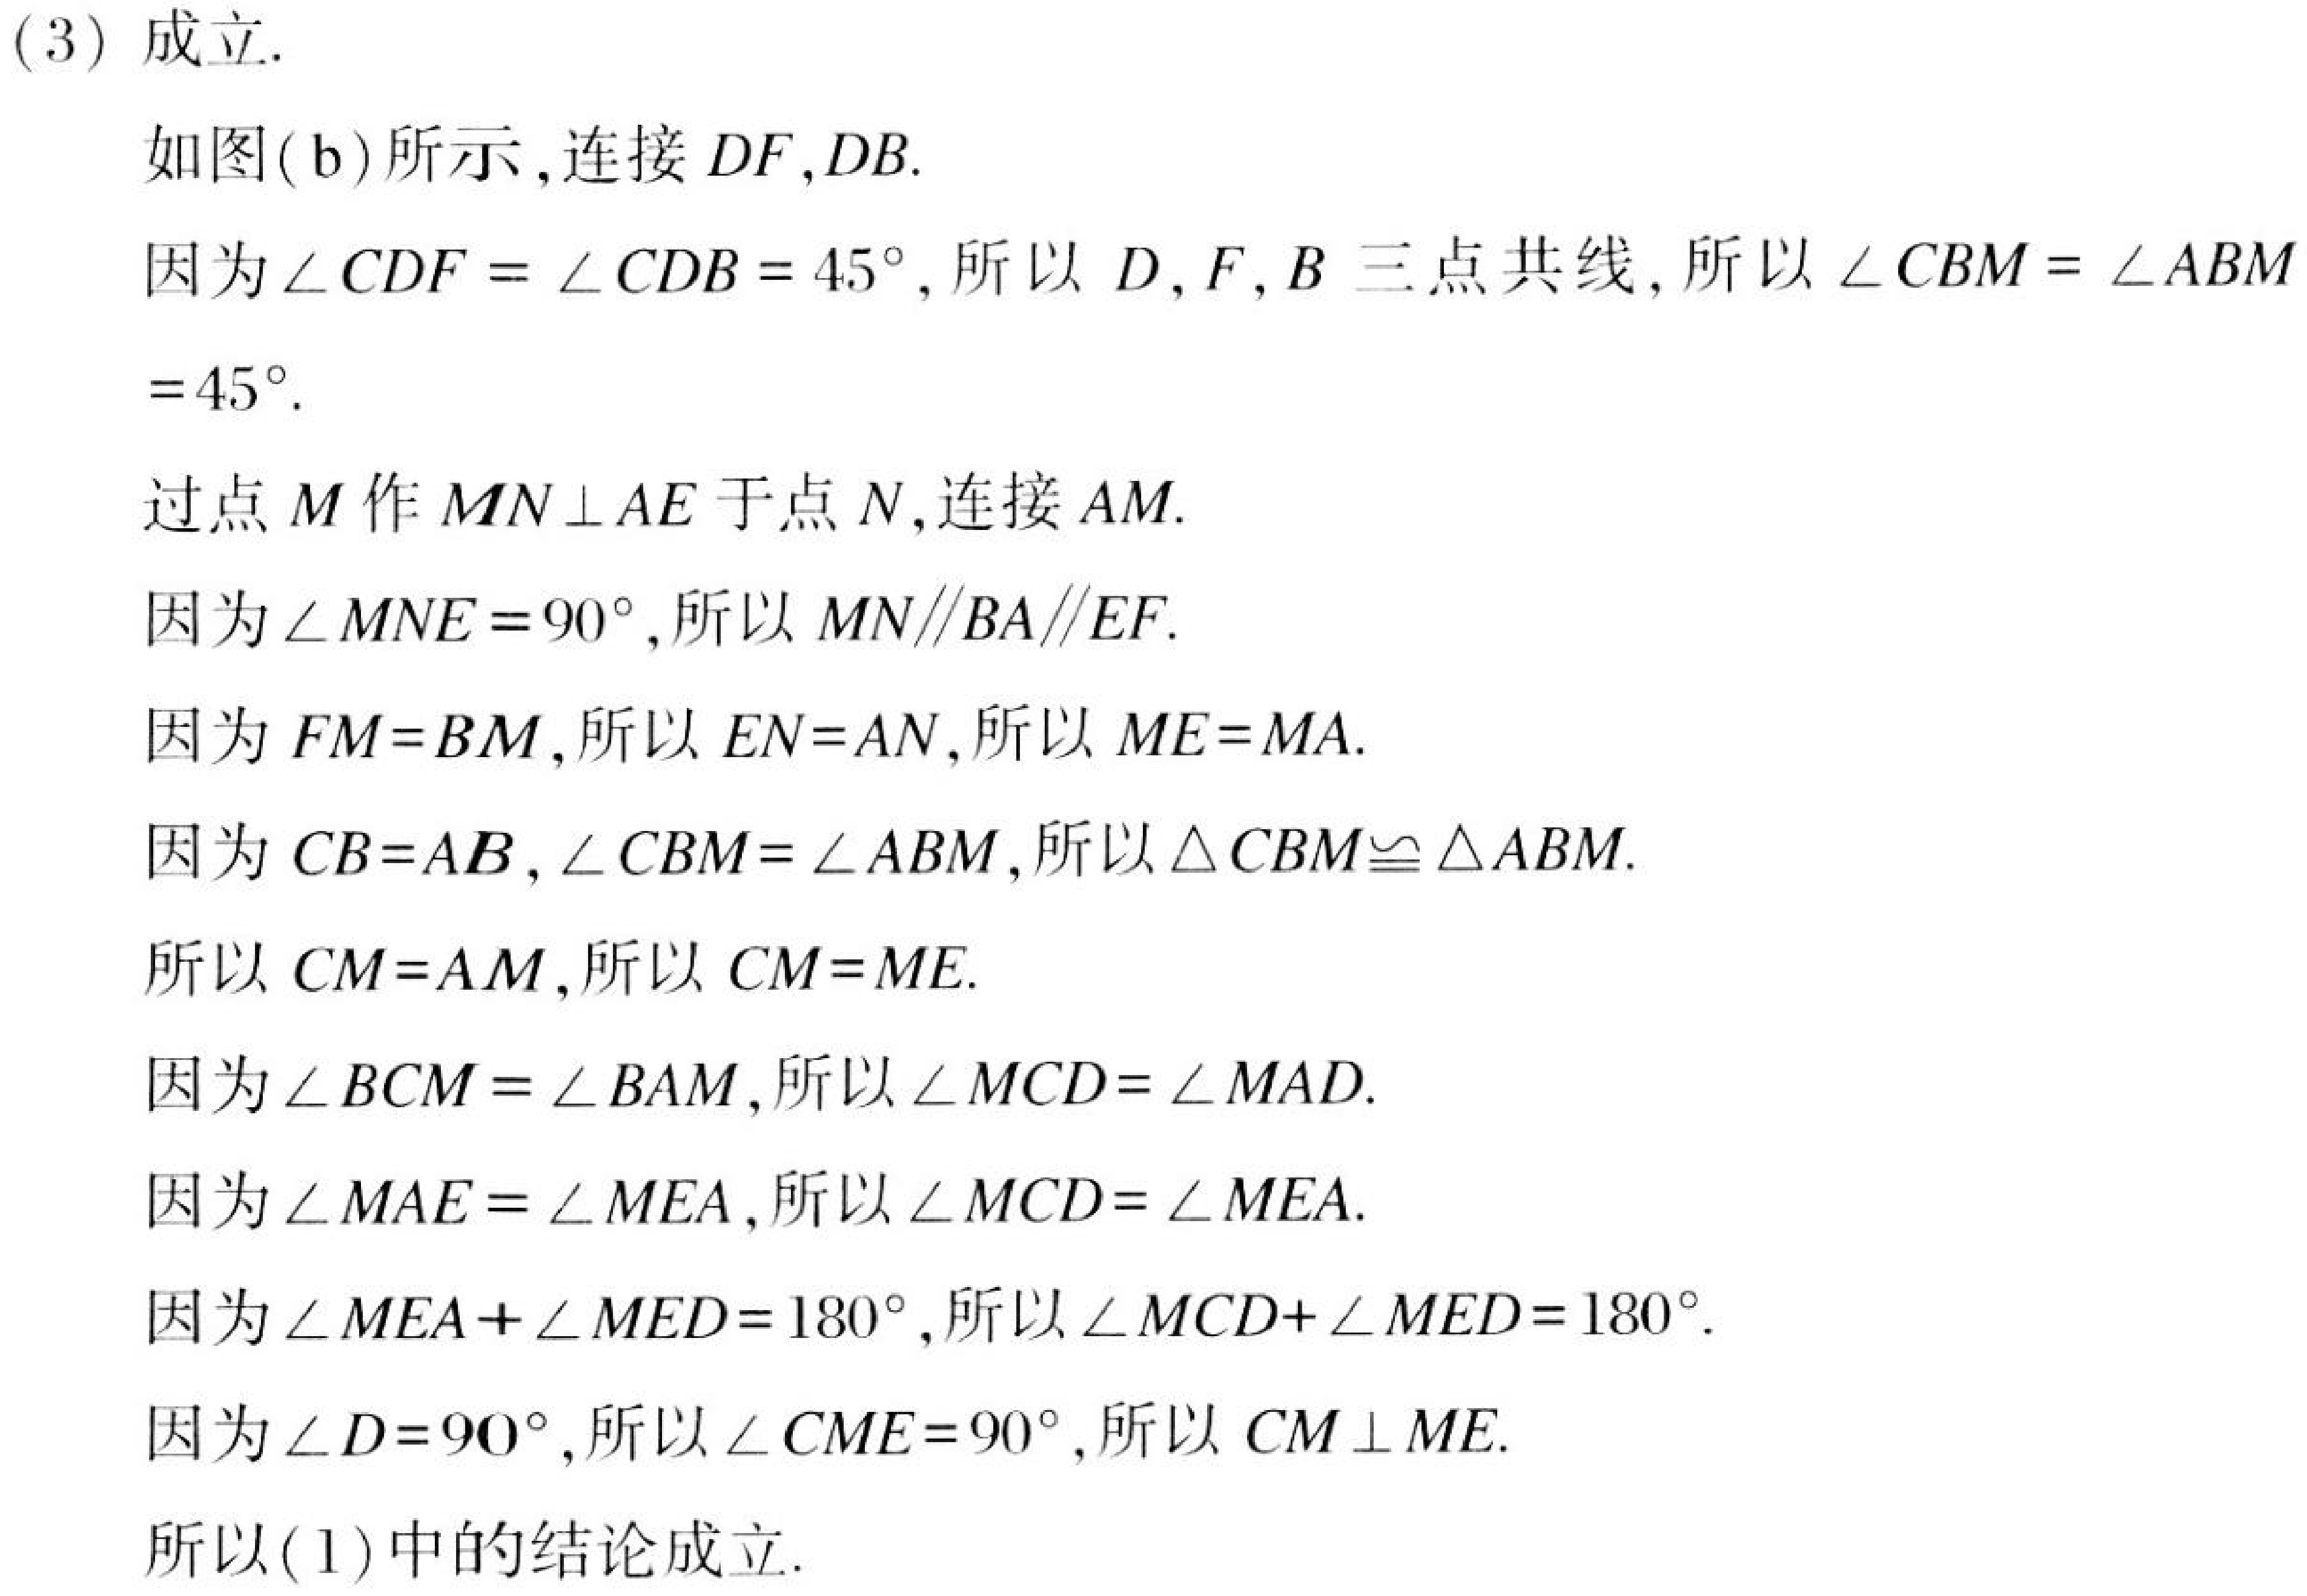
(3) 成立.
如图(b)所示，连接$DF,DB$.
因为$\angle CDF=\angle CDB = 45^{\circ}$，所以$D,F,B$三点共线，所以$\angle CBM=\angle ABM = 45^{\circ}$.
过点$M$作$MN\perp AE$于点$N$，连接$AM$.
因为$\angle MNE = 90^{\circ}$，所以$MN\parallel BA\parallel EF$.
因为$FM = BM$，所以$EN = AN$，所以$ME = MA$.
因为$CB = AB$，$\angle CBM=\angle ABM$，所以$\triangle CBM\cong\triangle ABM$.
所以$CM = AM$，所以$CM = ME$.
因为$\angle BCM=\angle BAM$，所以$\angle MCD=\angle MAD$.
因为$\angle MAE=\angle MEA$，所以$\angle MCD=\angle MEA$.
因为$\angle MEA+\angle MED = 180^{\circ}$，所以$\angle MCD+\angle MED = 180^{\circ}$.
因为$\angle D = 90^{\circ}$，所以$\angle CME = 90^{\circ}$，所以$CM\perp ME$.
所以(1)中的结论成立.